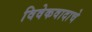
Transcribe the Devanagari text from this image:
विवेकवादाचे